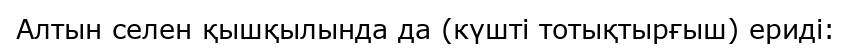
Алтын селен қышқылында да (күшті тотықтырғыш) ериді: